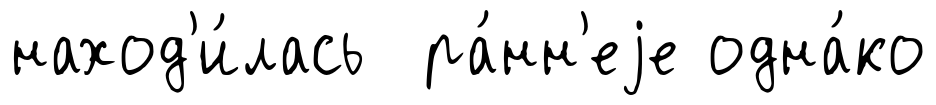
наход'и́лась ра́нн'еjе одна́ко